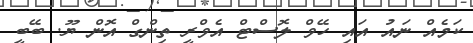
ކަމެއް ނައު އައި ހޭވް ލޮސްޓް އެވްރީ ތިންގް އޮން ޔޫ. ބޭބީ